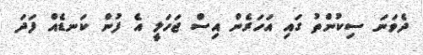
ދެވަނަ ސިކުންތު ގައި އަހަރެން އިސް ޖަހަލީ އެ ފުން ކަނޑެއް ފަދަ